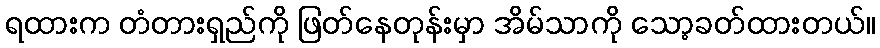
ရထားက တံတားရှည်ကို ဖြတ်နေတုန်းမှာ အိမ်သာကို သော့ခတ်ထားတယ်။